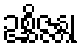
ဥစ္ဆိဇ္ဇန္တု